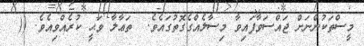
މީސްތަކުންނަށް ޖައްސަވާފައިވާ މިސާލެއްގެގޮތުގައެވެ.  ތަޢާލާ ވަޙީ ކުރެއްވިއެވެ. ((